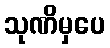
သုဏိမှပေ